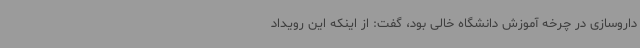
داروسازی در چرخه آموزش دانشگاه خالی بود، گفت: از اینکه این رویداد